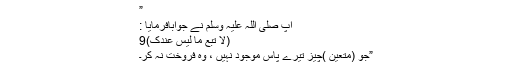
”
آپ صلی اللہ علیہ وسلم نے جوابافرمایا :
(لَا تَبِعْ ما لَیْسَ عِنْدَکَ)9
”جو (متعین )چیز تیرے پاس موجود نہیں ، وہ فروخت نہ کر۔